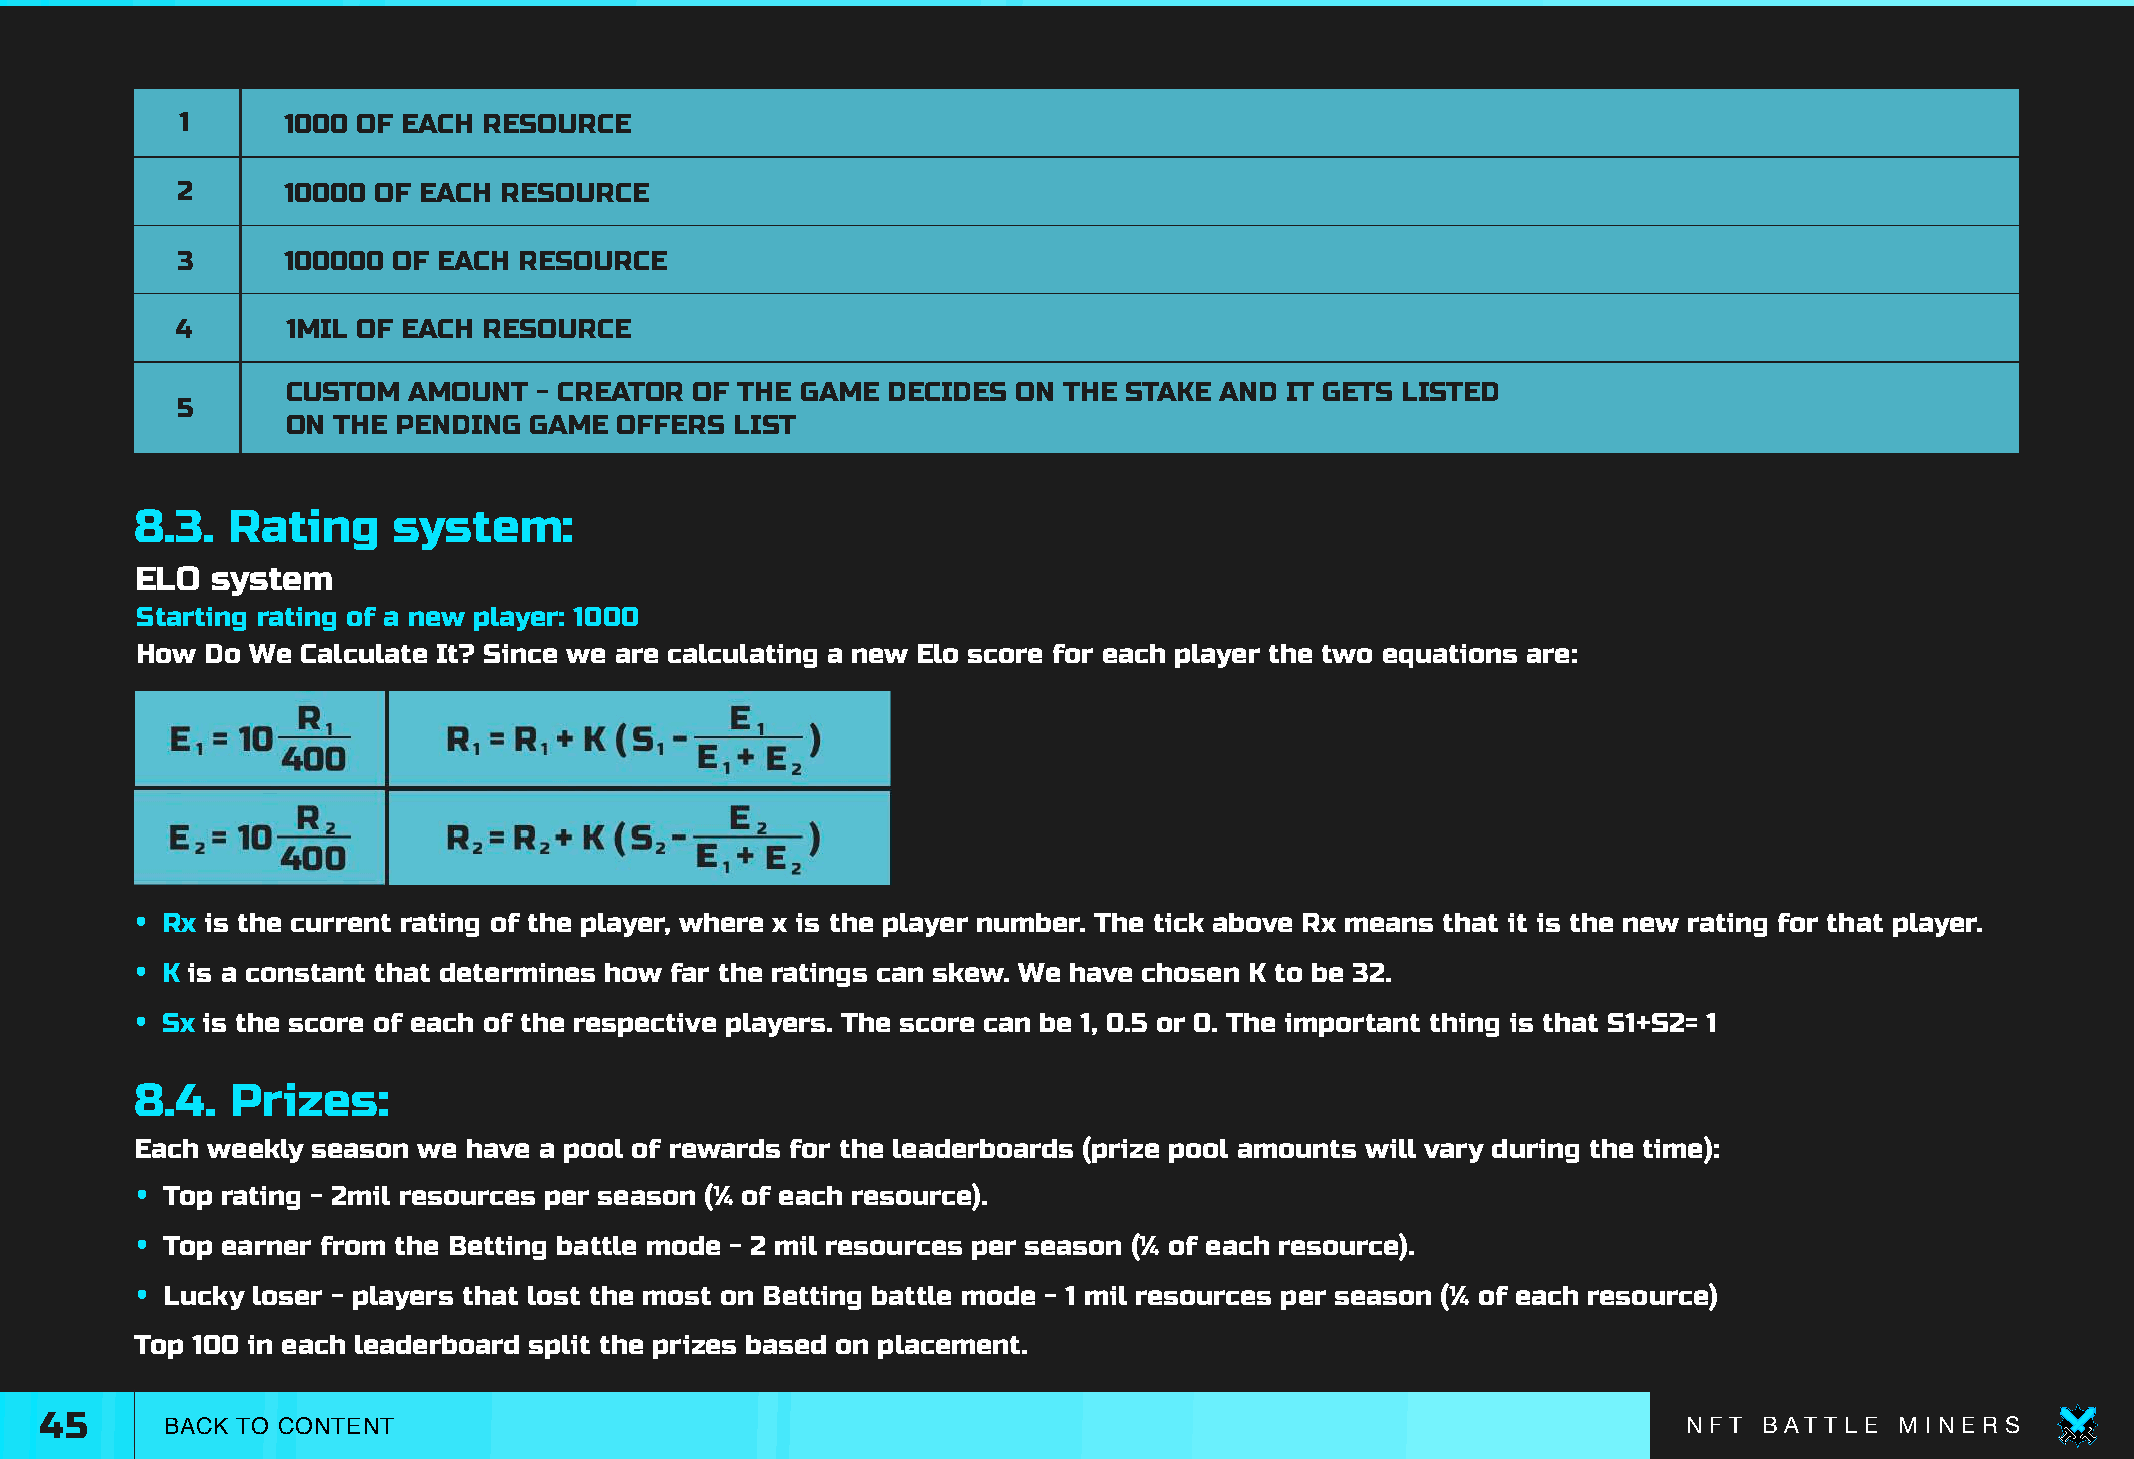
1      1000 OF EACH RESOURCE
 2      10000 OF EACH RESOURCE
 3      100000 OF EACH RESOURCE
 4      1MIL OF EACH RESOURCE
 CUSTOM  AMOUNT   - CREATOR OF THE GAME  DECIDES ON THE STAKE  AND IT GETS LISTED
 5
 ON THE PENDING  GAME  OFFERS  LIST
 8.3.  Rating     system:
 ELO  system
 Starting rating of a new player: 1000
 How  Do We Calculate It? Since we are calculating a new Elo score for each player the two equations are:
 • Rx is the current rating of the player, where x is the player number. The tick above Rx means that it is the new rating for that player.
 • K is a constant that determines how far the ratings can skew. We have chosen K to be 32.
 • Sx is the score of each of the respective players. The score can be 1, 0.5 or 0. The important thing is that S1+S2= 1
 8.4.  Prizes:
 Each weekly season we have a pool of rewards for the leaderboards (prize pool amounts will vary during the time):
 • Top rating - 2mil resources per season (¼ of each resource).
 • Top earner from the Betting battle mode - 2 mil resources per season (¼ of each resource).
 • Lucky loser - players that lost the most on Betting battle mode - 1 mil resources per season (¼ of each resource)
 Top 100 in each leaderboard split the prizes based on placement.
 45      BACK TO CONTENT                                                                                      N F T B AT T L E M I N E R S